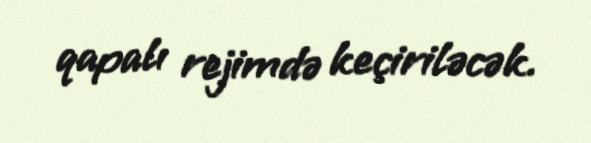
qapalı rejimdə keçiriləcək.